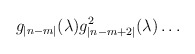
\begin{align*}g_{|n-m|}(\lambda)g_{|n-m+2|}^{2}(\lambda) \ldots\end{align*}